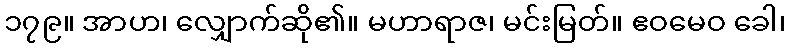
၁၇၉။ အာဟ၊ လျှောက်ဆို၏။ မဟာရာဇ၊ မင်းမြတ်။ ဧဝမေဝ ခေါ၊